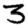
Digit: 3